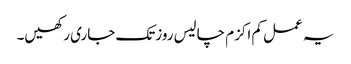
یہ عمل کم اکزم چالیس روزتک جاری رکھیں۔